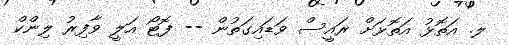
ލ. އަތޮޅު އަތޮޅަށް ރައީސް ވަޑައިގަތުން -- ފޮޓޯ އަލީ ވާފިރު ލިންކް